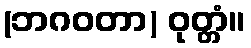
(ဘဂဝတာ) ဝုတ္တံ။